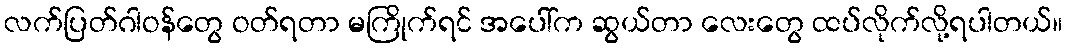
လက်ပြတ်ဂါဝန်တွေ ဝတ်ရတာ မကြိုက်ရင် အပေါ်က ဆွယ်တာ လေးတွေ ထပ်လိုက်လို့ရပါတယ်။